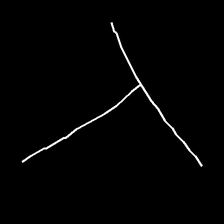
Glyph: column